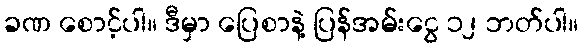
ခဏ စောင့်ပါ။ ဒီမှာ ပြေစာနဲ့ ပြန်အမ်းငွေ ၁၂ ဘတ်ပါ။